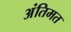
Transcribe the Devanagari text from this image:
अंतिमत